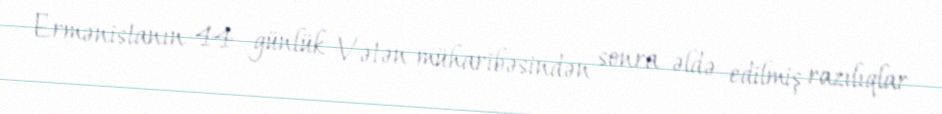
Ermənistanın 44 günlük Vətən müharibəsindən sonra əldə edilmiş razılıqlar